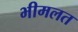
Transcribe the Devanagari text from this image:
भीमलत